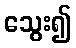
သွေး၍